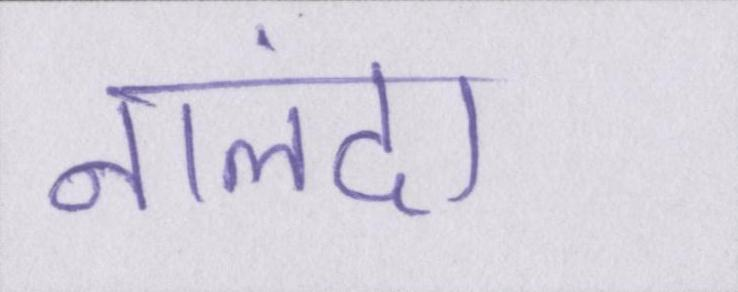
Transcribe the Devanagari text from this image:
नालंदा